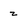
Character: z